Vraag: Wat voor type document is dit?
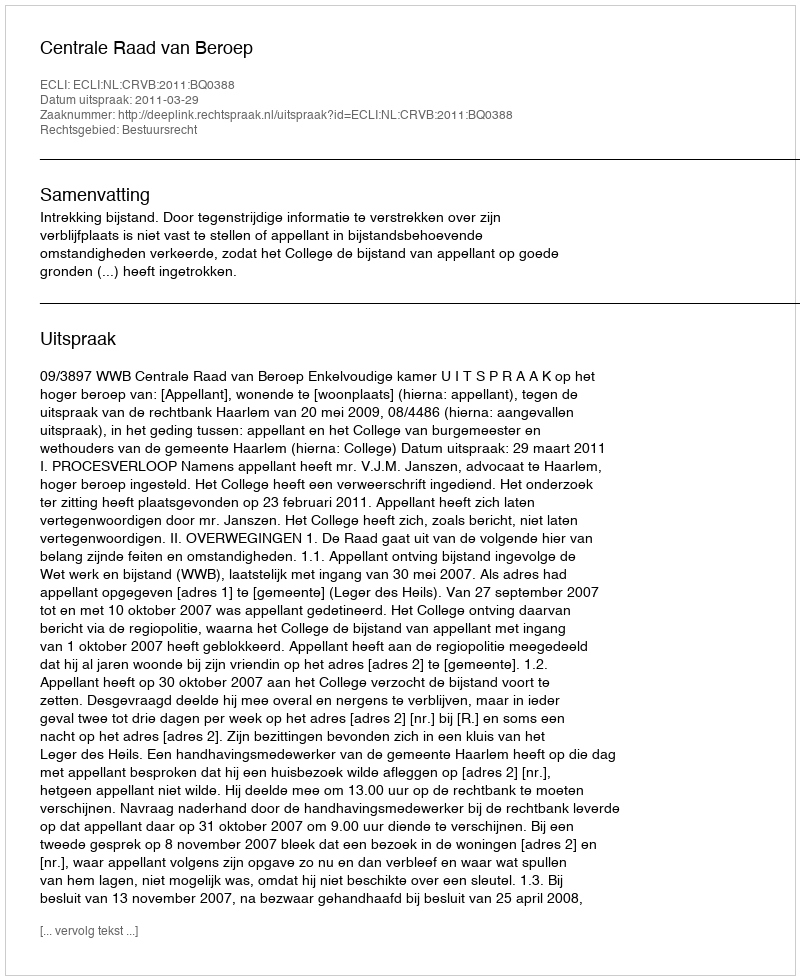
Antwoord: Uitspraak